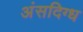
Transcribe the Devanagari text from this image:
अंसदिग्ध